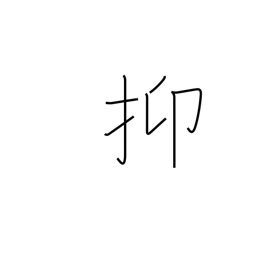
Meaning: in the first place